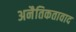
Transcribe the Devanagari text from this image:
अनैतिकतावाद